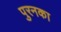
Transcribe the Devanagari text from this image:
पुरनका